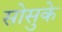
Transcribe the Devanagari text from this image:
सोसुके